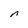
Character: n